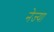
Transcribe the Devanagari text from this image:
नेज्या